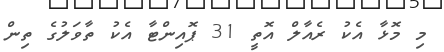
މި މޮޅާ އެކު ރެއާލް އޮތީ 31 ޕޮއިންޓާ އެކު ތާވަލުގެ ތިން